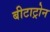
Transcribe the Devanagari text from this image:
बीटाट्रोन